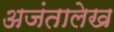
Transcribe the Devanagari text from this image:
अजंतालेख